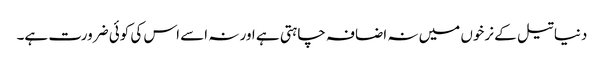
دنیا تیل کے نرخوں میں نہ اضافہ چاہتی ہے اور نہ اسے اس کی کوئی ضرورت ہے۔